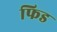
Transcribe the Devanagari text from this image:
फिड